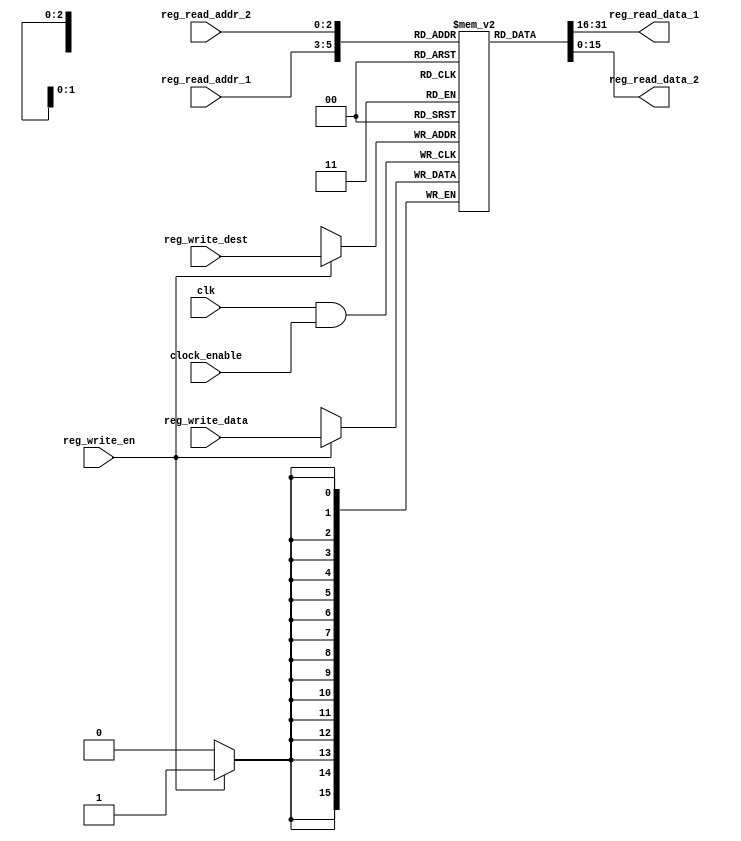
`timescale 1ns / 1ps
//////////////////////////////////////////////////////////////////////////////////
// Company: 
// Engineer: 
// 
// Design Name: 
// Module Name: register_module
// Project Name: 
// Target Devices: 
// Tool Versions: 
// Description: 
// 
// Dependencies: 
// 
// Revision:
// Revision 0.01 - File Created
// Additional Comments:
// 
//////////////////////////////////////////////////////////////////////////////////


module register_module(
    input    clk, 
    input clock_enable, 
 input    reg_write_en,
 input  [2:0] reg_write_dest,
 input  [15:0] reg_write_data,
 
 input  [2:0] reg_read_addr_1,
 output  [15:0] reg_read_data_1,
 
 input  [2:0] reg_read_addr_2,
 output  [15:0] reg_read_data_2
   
    );
    reg [15:0] register [0:7];
  
 always @ (posedge clk & clock_enable) begin
   if(reg_write_en) begin
    register[reg_write_dest] <= reg_write_data;
   end
 end
 

 assign reg_read_data_1 = register[reg_read_addr_1];
 assign reg_read_data_2 = register[reg_read_addr_2];

endmodule